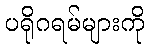
ပရိုဂရမ်များကို